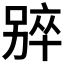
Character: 𫫑